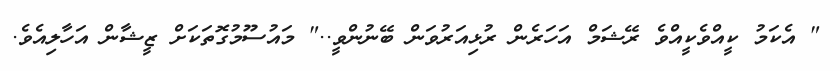
" އެކަމު ކީއްވެކީއްވެ ރޭޝަމް އަހަރެން ރުޅިއަރުވަން ބޭނުންވީ.." މައުސޫމުގޮތަކަށް ޒީޝާން އަހާލިއެވެ.